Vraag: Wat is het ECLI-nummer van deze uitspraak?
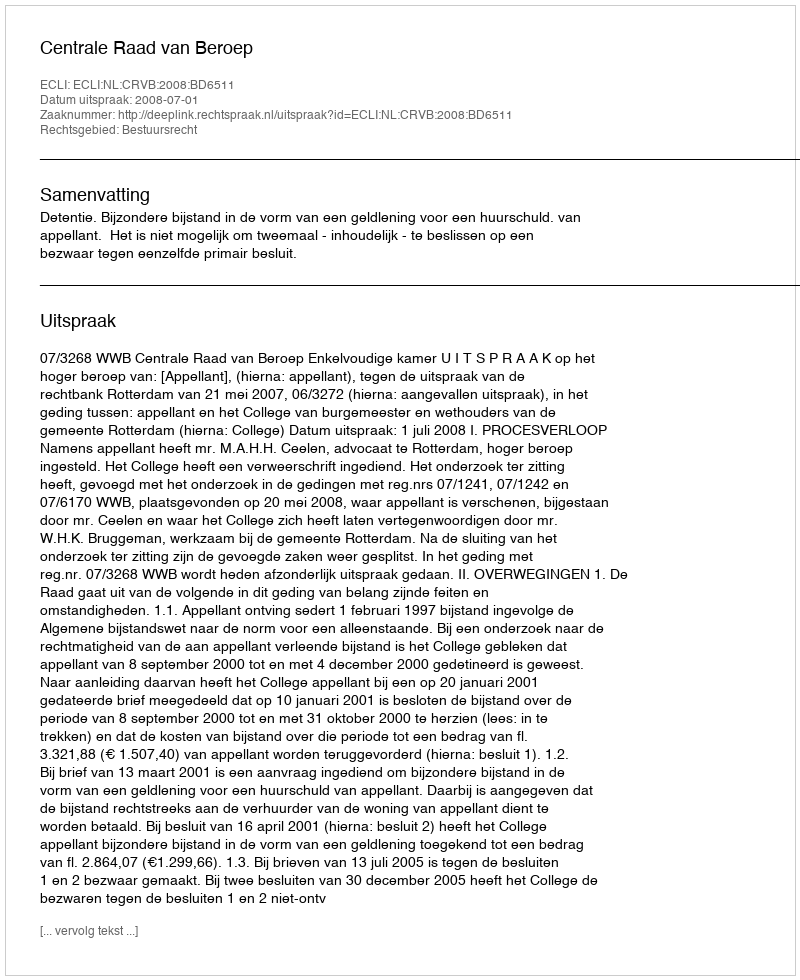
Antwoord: ECLI:NL:CRVB:2008:BD6511